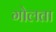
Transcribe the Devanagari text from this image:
गोलता